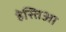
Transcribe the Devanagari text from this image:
हेस्तिआ